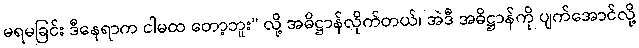
မရမခြင်း ဒီနေရာက ငါမထ တော့ဘူး” လို့ အဓိဋ္ဌာန်လိုက်တယ်၊ အဲဒီ အဓိဋ္ဌာန်ကို ပျက်အောင်လို့